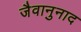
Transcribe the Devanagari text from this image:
जैवानुनाद